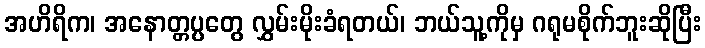
အဟိရိက၊ အနောတ္တပ္ပတွေ လွှမ်းမိုးခံရတယ်၊ ဘယ်သူ့ကိုမှ ဂရုမစိုက်ဘူးဆိုပြီး